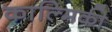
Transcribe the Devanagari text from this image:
काल्मिकी